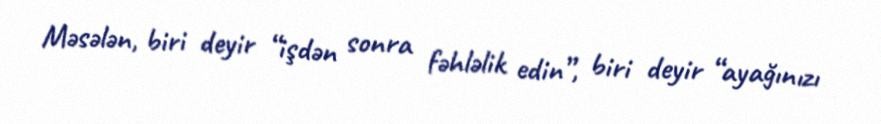
Məsələn, biri deyir “işdən sonra fəhləlik edin”, biri deyir “ayağınızı